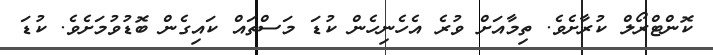
ކޮންޓްރޯލް ކުރާށެވެ. ތިމާއަށް ވުރެ އެހެނިހެން ކުޑަ މަސްތައް ކައިގެން ބޮޑުވުމަށެވެ. ކުޑަ